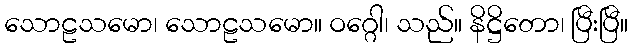
သောဠသမော၊ သောဠသမော။ ဝဂ္ဂေါ၊ သည်။ နိဋ္ဌိတော၊ ပြီးပြီ။